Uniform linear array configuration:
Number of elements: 64
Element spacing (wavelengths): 0.75
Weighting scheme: binomial
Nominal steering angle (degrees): -15
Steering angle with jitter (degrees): -14.885
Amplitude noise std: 0.05
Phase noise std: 0.05

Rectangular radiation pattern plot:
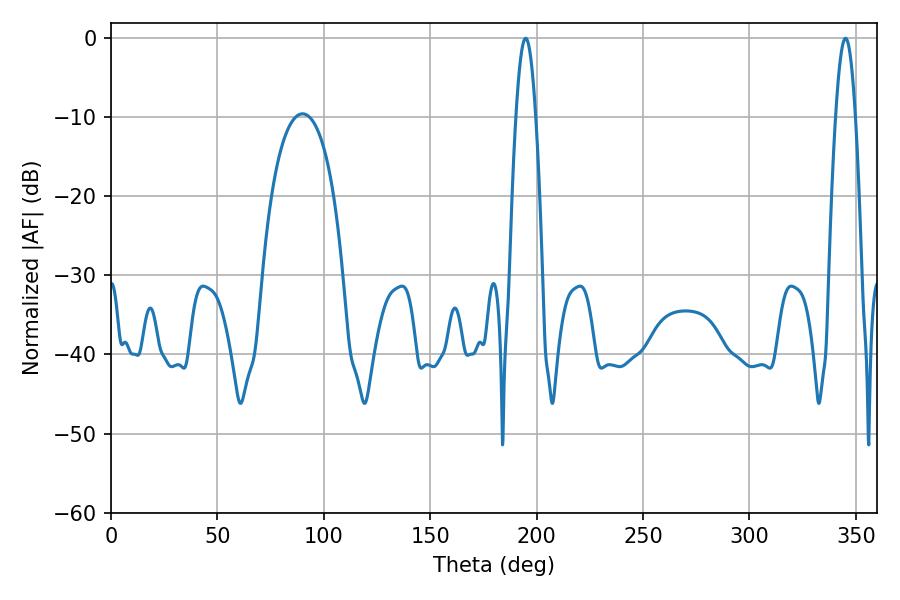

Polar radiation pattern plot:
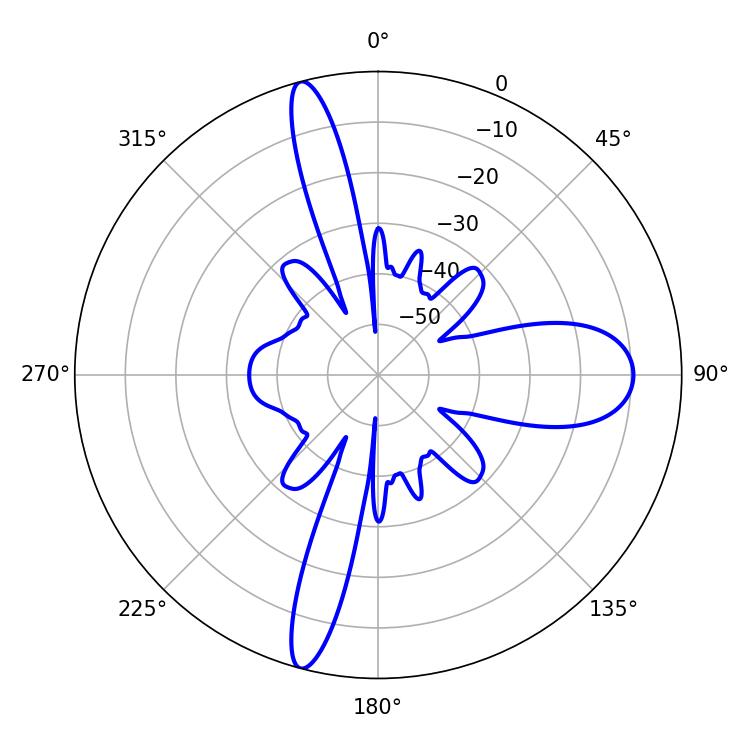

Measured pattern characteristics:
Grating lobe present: TRUE
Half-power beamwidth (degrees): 4.86
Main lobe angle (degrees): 194.76